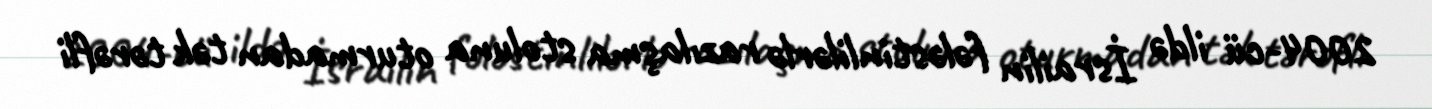
2004-cü ildə İsrailin fələstinlilərlə razılaşma stoluna oturmadan tək tərəfli